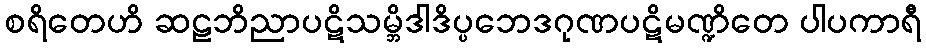
စရိတေဟိ ဆဠဘိညာပဋိသမ္ဘိဒါဒိပ္ပဘေဒဂုဏပဋိမဏ္ဍိတေ ပါပကာရီ